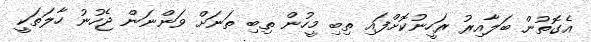
އެގޮތުން ބަލާއިރު ރަހީނުކޮށްފައި ތިބި މީހުން ތިބި ތަނަށް ވަންނަން ޖެހުނު ހާލަތަކީ